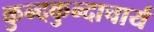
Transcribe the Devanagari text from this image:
कुन्दकुन्दाचार्य